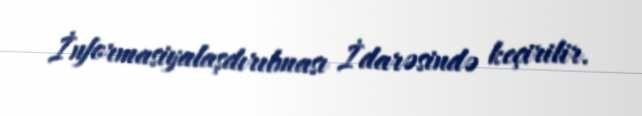
İnformasiyalaşdırılması İdarəsində keçirilir.